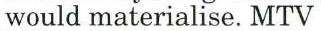
would materialise. MTV